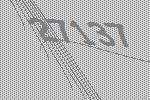
27137